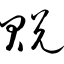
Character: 贶